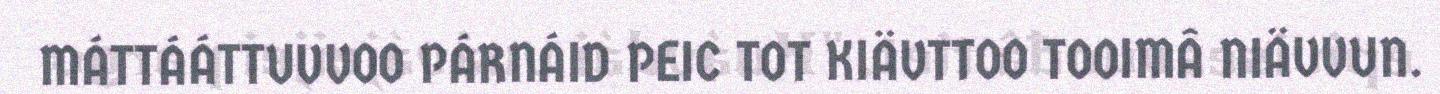
MÁTTÁÁTTUVVOO PÁRNÁID PEIC TOT KIÄVTTOO TOOIMÂ NIÄVVUN.